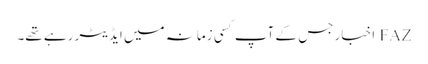
FAZ اخبار جس کے آپ کسی زمانہ میں ایڈیٹر رہے تھے۔